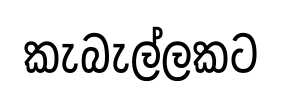
කැබැල්ලකට